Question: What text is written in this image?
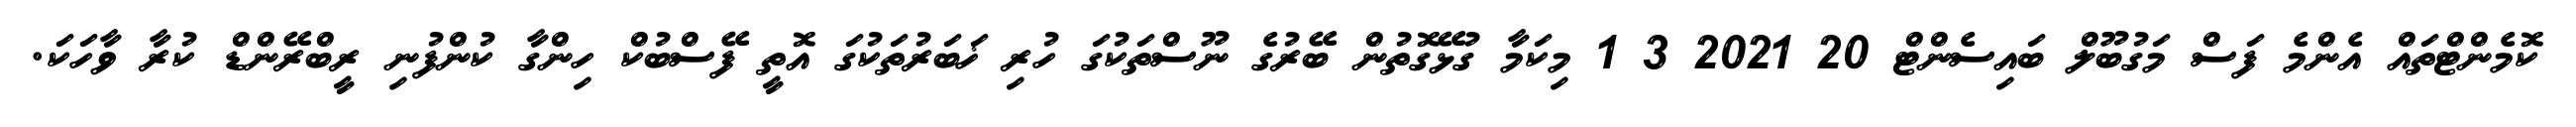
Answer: ކޮމެންޓްތައް އެންމެ ފަސް މަގުބޫލް ބައިސެންޓް 20 2021 3 1 މިކަމާ ގުޅޭގޮތުން ބޭރުގެ ނޫސްތަކުގަ ހުރި ޚަބަރުތަކުގަ އޮތީ ފޭސްބުކް ހިންގާ ކުންފުނި ރީބްރޭންޑް ކުރާ ވާހަކަ.